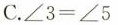
C. $$∠ 3 = ∠ 5$$